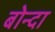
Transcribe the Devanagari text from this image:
बोन्‍दा